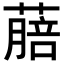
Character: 𦺎